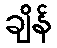
ချိန်